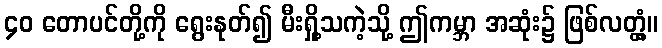
၄၀ တောပင်တို့ကို ရွေးနုတ်၍ မီးရှို့သကဲ့သို့ ဤကမ္ဘာ အဆုံး၌ ဖြစ်လတ္တံ့။